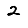
Digit: 2